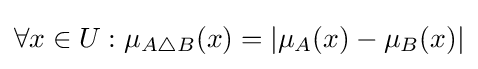
\forall x\in U:\mu _{A\triangle B}(x)=|\mu _{A}(x)-\mu _{B}(x)|